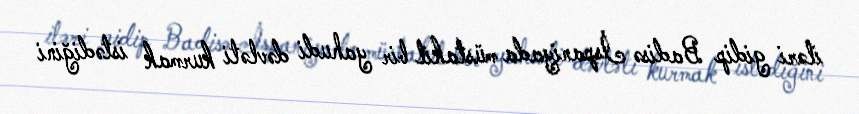
iləri gidip Badisə İspaniyada müstakil bir yahudi dəvləti kurmak istədiğini